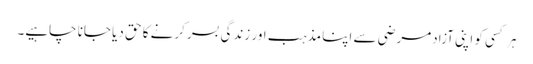
ہر کسی کو اپنی آزادمرضی سے اپنا مذہب اور زندگی بسر کرنے کا حق دیا جانا چاہیے۔